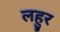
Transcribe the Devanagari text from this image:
लहुर